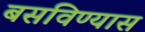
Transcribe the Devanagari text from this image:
बसविण्यास